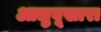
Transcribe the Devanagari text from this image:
आलुबूखारा